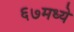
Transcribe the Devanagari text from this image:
६७मध्ये